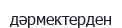
дәрмектерден